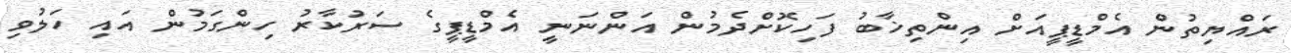
ރައްޔިތުން އެމްޑީޕީއަށް އިންތިޚާބު ފަހިކޮށްދެމުން އަންނަނީ އެމްޑީޕީގެ ސަރުކާރު ހިންގަމުން އައި ހަލުވި